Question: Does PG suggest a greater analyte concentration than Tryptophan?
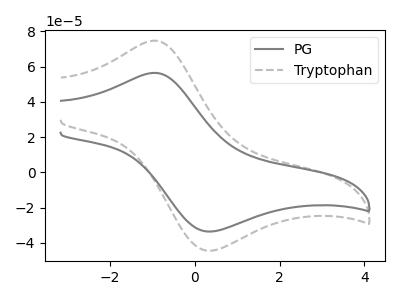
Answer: <think>The gray curve "PG" has an anodic peak at (-0.95V, 56.45uA) and a cathodic peak at (0.30V, -33.55uA). The gray dashed curve "Tryptophan" has an anodic peak at (-0.95V, 74.75uA) and a cathodic peak at (0.30V, -44.45uA).
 All the peaks in "PG" have a peak in "Tryptophan" at the same potential. Every peak in "PG" is lower than every peak in "Tryptophan".</think>
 <answer>"PG" has less signal than "Tryptophan".</answer>
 <eval>less_signal</eval>